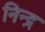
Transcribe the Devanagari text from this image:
निन्द्र